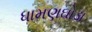
ધામણઘોડા